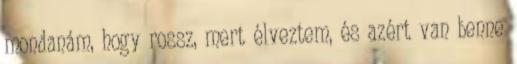
mondanám, hogy rossz, mert élveztem, és azért van benne